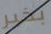
بخير